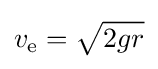
v_{\text{e}}={\sqrt {2gr}}